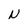
Character: N